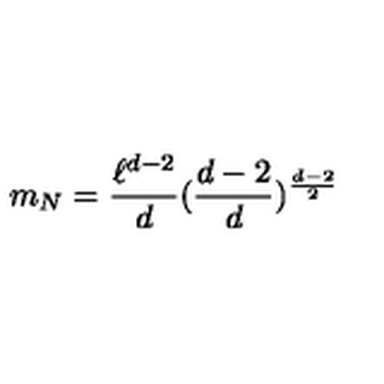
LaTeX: m _ { N } = \frac { \ell ^ { d - 2 } } { d } ( \frac { d - 2 } { d } ) ^ { \frac { d - 2 } { 2 } }